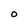
Character: O